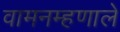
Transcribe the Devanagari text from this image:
वामनम्हणाले